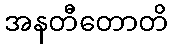
အနတီတောတိ